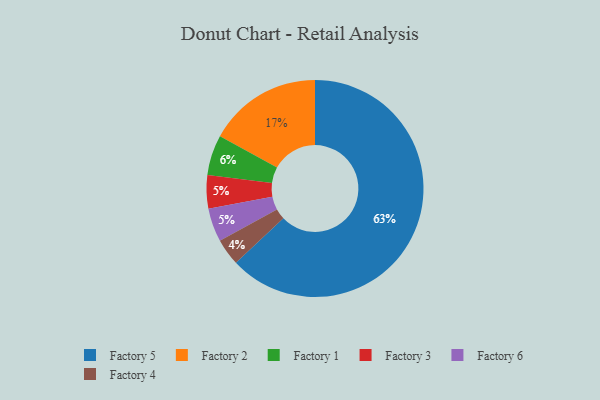
{"axis": {"x": "Category", "y": "Percentage"}, "legend": ["Factory 1", "Factory 2", "Factory 3", "Factory 4", "Factory 5", "Factory 6"], "data": [{"x": "Factory 5", "y": 63, "type": "Factory 5"}, {"x": "Factory 3", "y": 5, "type": "Factory 3"}, {"x": "Factory 4", "y": 4, "type": "Factory 4"}, {"x": "Factory 2", "y": 17, "type": "Factory 2"}, {"x": "Factory 6", "y": 5, "type": "Factory 6"}, {"x": "Factory 1", "y": 6, "type": "Factory 1"}]}